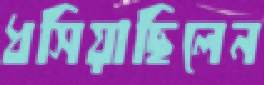
ধসিয়াছিলেন